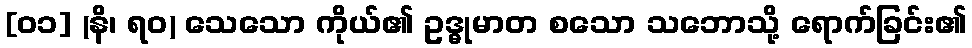
[၀၁] (နိ၊ ရဝ) သေသော ကိုယ်၏ ဥဒ္ဓုမာတ စသော သဘောသို့ ရောက်ခြင်း၏